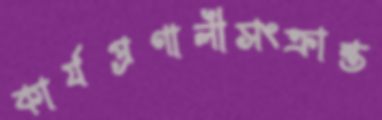
কার্যপ্রণালীসংক্রান্ত